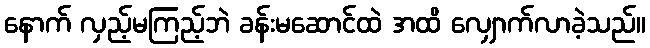
နောက် လှည့်မကြည့်ဘဲ ခန်းမဆောင်ထဲ အထိ လျှောက်လာခဲ့သည်။